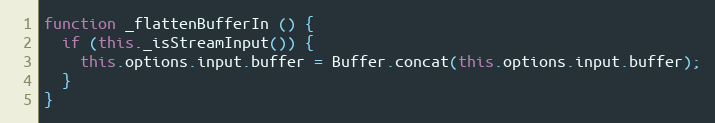
Language: JavaScript
function _flattenBufferIn () {
  if (this._isStreamInput()) {
    this.options.input.buffer = Buffer.concat(this.options.input.buffer);
  }
}